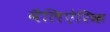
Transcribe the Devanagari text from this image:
बैलिऐरिक